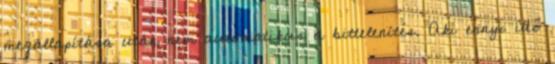
megállapítása után nem automatikus a bittelenítés. Aki ennyi idő